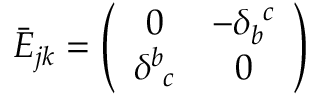
\bar { \cal E } _ { j k } = \left( \begin{array} { c c } { { 0 } } & { { - \delta _ { b } ^ { ~ c } } } \\ { { \delta _ { ~ c } ^ { b } } } & { { 0 } } \end{array} \right)